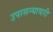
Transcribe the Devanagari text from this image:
उपासन्याघरी